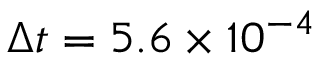
\Delta t = 5 . 6 \times 1 0 ^ { - 4 }